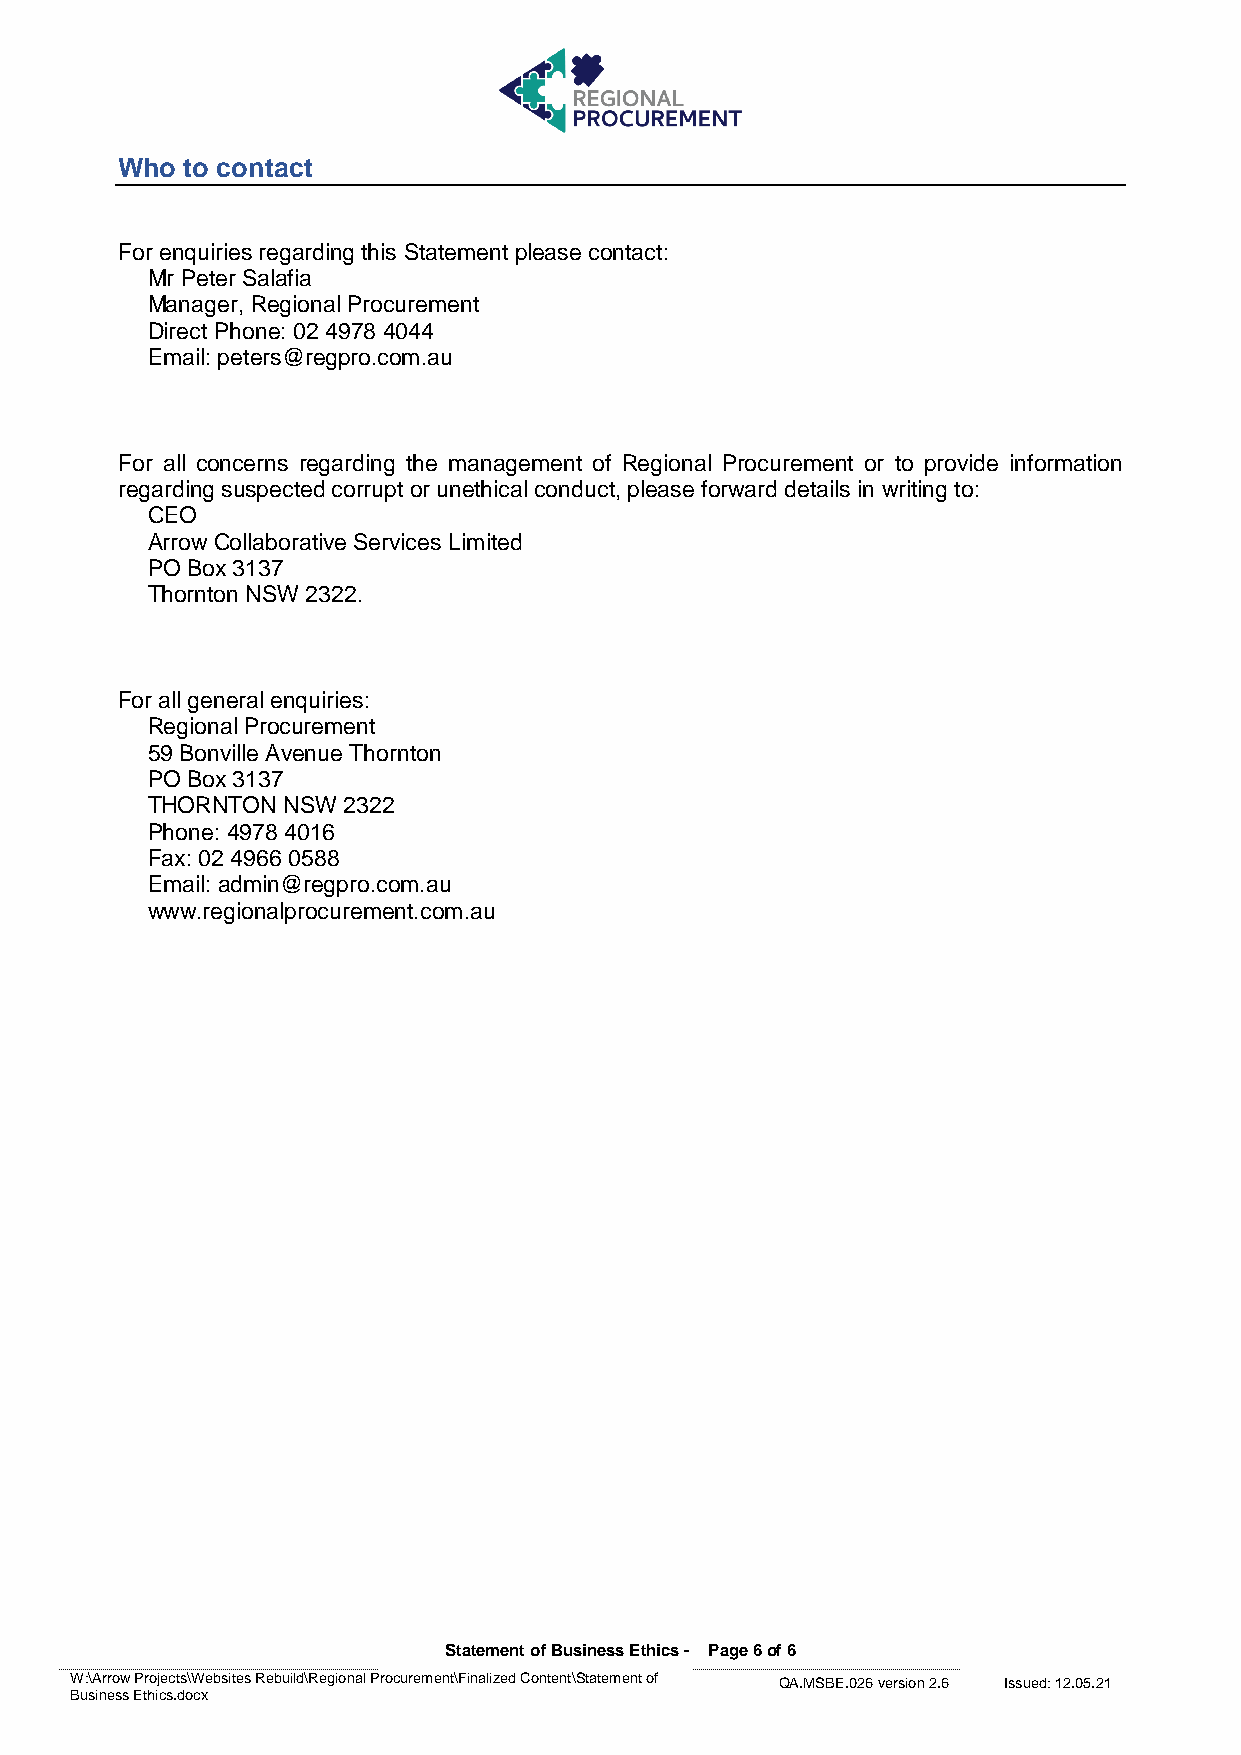
Who to contact
 For enquiries regarding this Statement please contact:
 Mr Peter Salafia
 Manager, Regional Procurement
 Direct Phone: 02 4978 4044
 Email: peters@regpro.com.au
 For all concerns regarding the management of Regional Procurement or to provide information
 regarding suspected corrupt or unethical conduct, please forward details in writing to:
 CEO
 Arrow Collaborative Services Limited
 PO Box 3137
 Thornton NSW 2322.
 For all general enquiries:
 Regional Procurement
 59 Bonville Avenue Thornton
 PO Box 3137
 THORNTON NSW 2322
 Phone: 4978 4016
 Fax: 02 4966 0588
 Email: admin@regpro.com.au
 www.regionalprocurement.com.au
 Statement of Business Ethics - Page 6 of 6
 W:\Arrow Projects\Websites Rebuild\Regional Procurement\Finalized Content\Statement of QA.MSBE.026 version 2.6 Issued: 12.05.21
 Business Ethics.docx